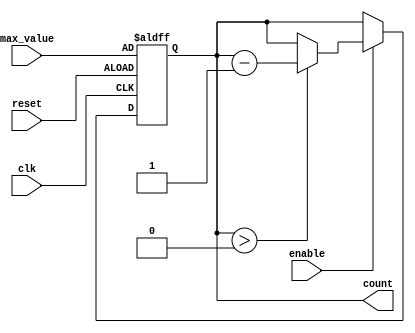
module decremental_counter (
    input wire clk,           // Clock signal
    input wire reset,         // Asynchronous reset signal
    input wire enable,        // Enable signal for counting
    input wire [7:0] max_value, // Configurable maximum value
    output reg [7:0] count    // Current count value
);

// Initial condition for the count
always @(posedge clk or posedge reset) begin
    if (reset) begin
        // Reset the counter to the maximum value
        count <= max_value;
    end else if (enable) begin
        // Decrement the counter if enabled and count is greater than zero
        if (count > 0) begin
            count <= count - 1;
        end
        // If count is zero, it remains zero (no action needed)
    end
end

endmodule